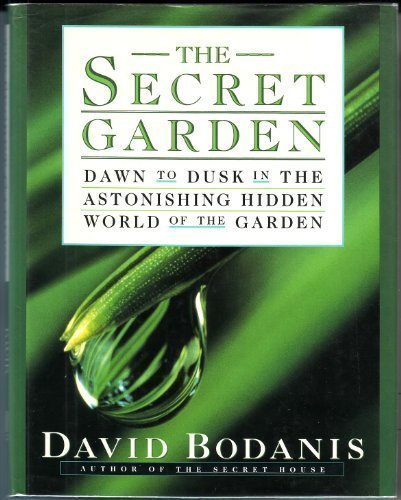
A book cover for The Secret Garden: Dawn to Dusk in the Astonishing Hidden World of the Garden; David Bodanis; Crafts, Hobbies & Home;